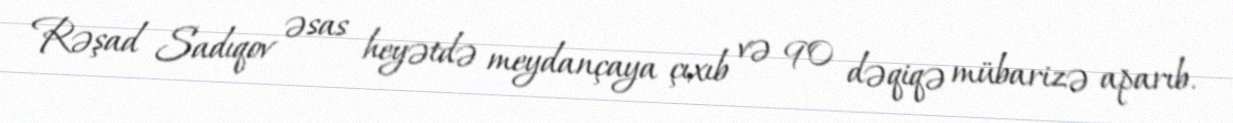
Rəşad Sadıqov əsas heyətdə meydançaya çıxıb və 90 dəqiqə mübarizə aparıb.